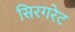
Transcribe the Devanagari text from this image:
सिरगरेट